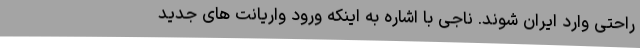
راحتی وارد ایران شوند. ناجی با اشاره به اینکه ورود واریانت های جدید